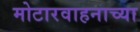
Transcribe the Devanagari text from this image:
मोटारवाहनाच्या